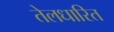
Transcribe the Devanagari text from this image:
तेलधारित